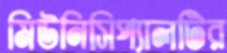
মিউনিসিপ্যালটির